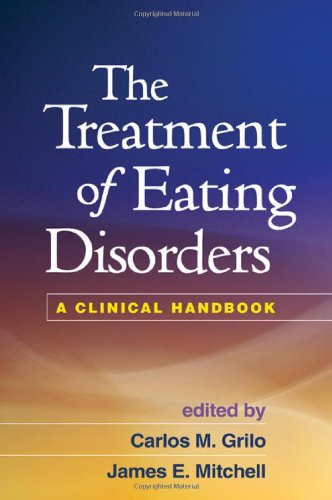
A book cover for The Treatment of Eating Disorders: A Clinical Handbook; Self-Help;